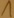
Text: 1